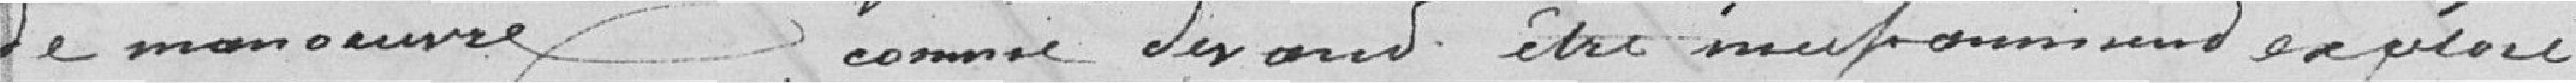
de manoeuvre. comme devant être insuffisamment exploré